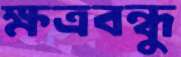
ক্ষত্রবন্ধু